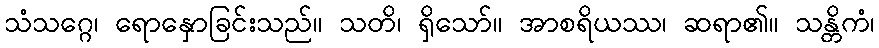
သံသဂ္ဂေ၊ ရောနှောခြင်းသည်။ သတိ၊ ရှိသော်။ အာစရိယဿ၊ ဆရာ၏။ သန္တိကံ၊